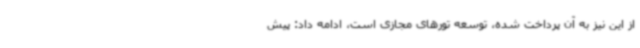
از این نیز به آن پرداخت شده، توسعه تورهای مجازی است، ادامه داد: پیش